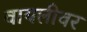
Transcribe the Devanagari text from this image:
वायलीवर